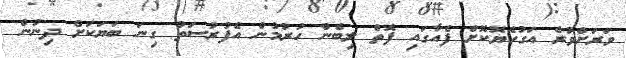
ވަރަށްވުރެ އަގުހެޔޮކޮށް ފެއާގައި ފޮތް ލިބެން ހުރުމުން އެފުރުސަތު ގިނަ ބަޔަކަށް ދިނުން